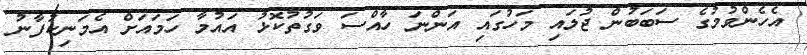
އެހެންވުމުގެ ސަބަބުން ޖުލައި މަހުގައި އަންނަ ހާއްސަ ވަގުތުކޮޅު އައުމާ ހަމައަށް އެމަނިކުފާނު